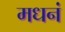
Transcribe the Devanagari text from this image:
मधनं